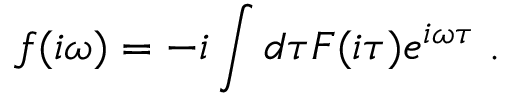
f ( i \omega ) = - i \int d \tau F ( i \tau ) e ^ { i \omega \tau } \; .